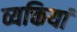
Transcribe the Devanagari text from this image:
व्यक्तियां